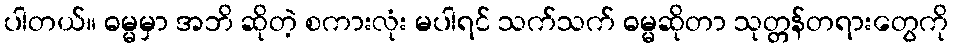
ပါတယ်။ ဓမ္မမှာ အဘိ ဆိုတဲ့ စကားလုံး မပါရင် သက်သက် ဓမ္မဆိုတာ သုတ္တန်တရားတွေကို